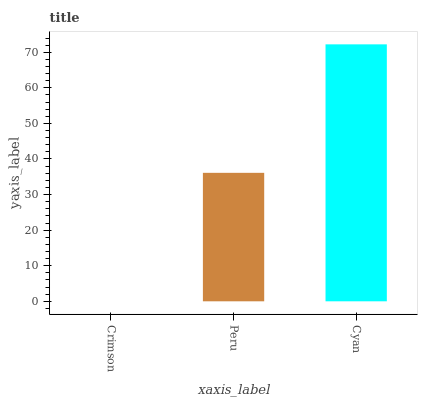
| xaxis_label | bars |
 | --- | --- |
 | Crimson | 0 |
 | Peru | 36.1 |
 | Cyan | 72.2 |